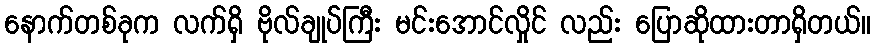
နောက်တစ်ခုက လက်ရှိ ဗိုလ်ချုပ်ကြီး မင်းအောင်လှိုင် လည်း ပြောဆိုထားတာရှိတယ်။